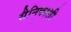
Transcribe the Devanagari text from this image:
सैनिकाशी